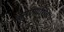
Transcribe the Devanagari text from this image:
बसण्याशिवाय